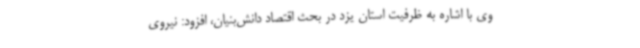
وی با اشاره به ظرفیت استان یزد در بحث اقتصاد دانش‌بنیان، افزود: نیروی